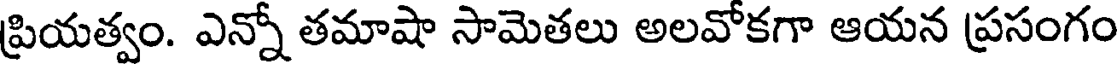
ప్రియత్వం. ఎన్నో తమాషా సామెతలు అలవోకగా ఆయన ప్రసంగం